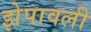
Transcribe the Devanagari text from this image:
झेपावली